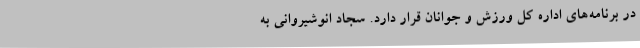
در برنامه‌های اداره کل ورزش و جوانان قرار دارد. سجاد انوشیروانی به